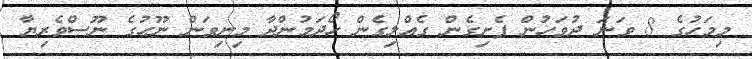
މިމަހުގެ 8 ވަނަ ދުވަހުން ފެށިގެން ގެއްލިގެން ހޯދަމުންދާ މިނިވަން ނޫހުގެ ނޫސްވެރިޔާ